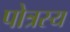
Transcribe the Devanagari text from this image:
पोत्रस्य